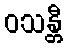
ဝသန္တီ